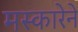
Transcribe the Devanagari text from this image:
मस्कारेने